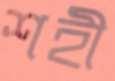
শহী